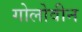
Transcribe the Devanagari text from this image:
गोलोवीन